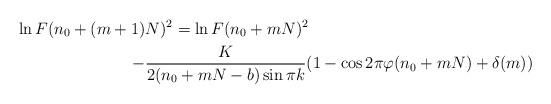
LaTeX: \begin{align*}\ln F(n_0+(m+1)&N)^2=\ln F(n_0+mN)^2\\-&\frac{K}{2(n_0+mN-b)\sin\pi k}(1-\cos2\pi\varphi(n_0+mN)+\delta(m))\end{align*}